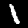
Digit: 1